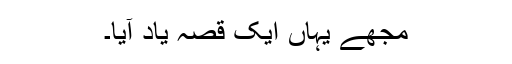
مجھے یہاں ایک قصّہ یاد آیا۔